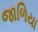
જાળિયા